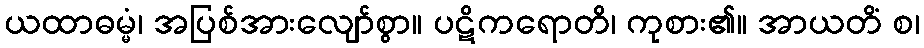
ယထာဓမ္မံ၊ အပြစ်အားလျော်စွာ။ ပဋိကရောတိ၊ ကုစား၏။ အာယတိံ စ၊